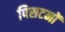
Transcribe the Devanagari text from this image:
पिसटनों